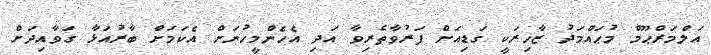
އަލްމަރްޙޫމް މުޙައްމަދު ޒާހިރަކީ ގަޑިއަށް ފަރުވާތެރިވާ އަދި އެހެންމީހުނަށް އެކަމަށް ބާރުއަޅާ ގަވާއިދަށް